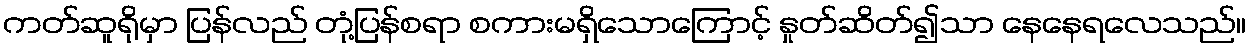
ကတ်ဆူရိုမှာ ပြန်လည် တုံ့ပြန်စရာ စကားမရှိသောကြောင့် နှုတ်ဆိတ်၍သာ နေနေရလေသည်။